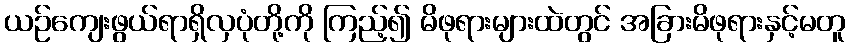
ယဉ်ကျေးဖွယ်ရာရှိလှပုံတို့ကို ကြည့်၍ မိဖုရားများထဲတွင် အခြားမိဖုရားနှင့်မတူ